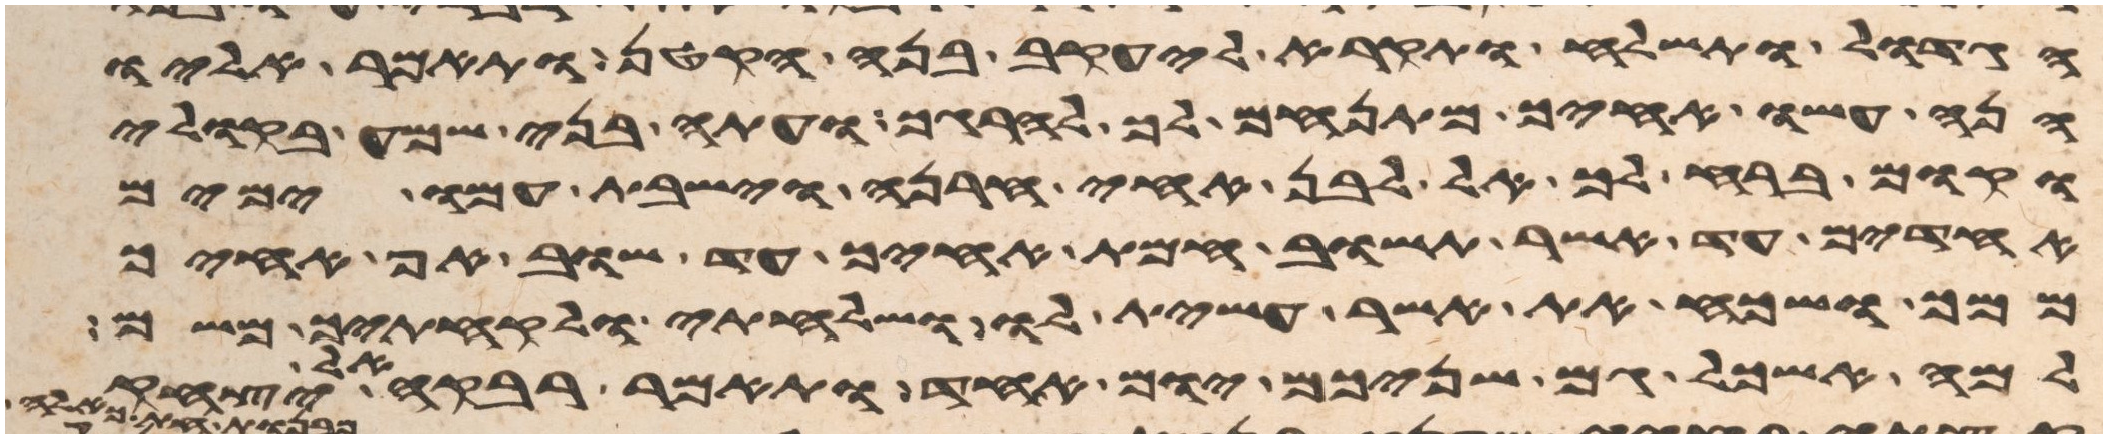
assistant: הגדול ותשלח ותקרא ליעקב בנה הקטן ותאמר אליו
הנה עשו אחיך מתנחם לך להרגך ועתה בני שמע בקולי
וקום ברח לך אל לבן אחי חרנה וישבת עמו ימים
אחדים עד אשר תשוב חמת אחיך עד שוב אף אחיך
ממך ושכח את אשר עשית לו ושלחתי ולקחתיך משם
למה אשכל גם שניכם יום אחד ותאמר רבקה אל יצחק